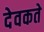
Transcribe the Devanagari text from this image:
देवकते